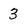
Character: 3